Civil Veterinary Dept. North-West Frontier Province 1933-46 - 1933-1946
Year: 1933
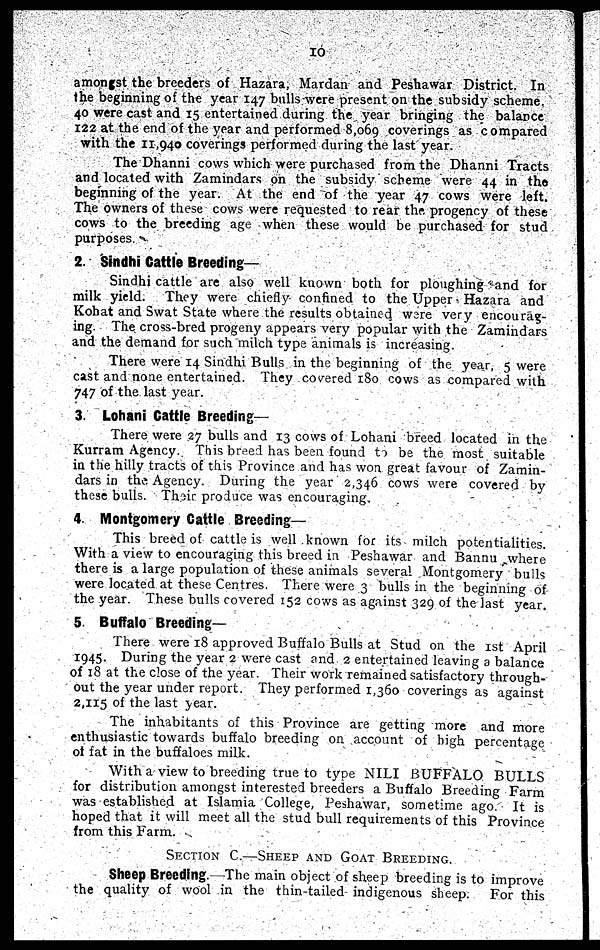
10
amongst the breeders of Hazara, Mardan and Peshawar District. In
the beginning of the year 147 bulls were present on the subsidy scheme.
40 were cast and 15 entertained during the year bringing the balance
122 at the end of the year and performed 8,069 coverings as compared
with the 11,940 coverings performed during the last year.
The Dhanni cows which were purchased from the Dhanni Tracts
and located with Zamindars on the subsidy scheme were 44 in the
beginning of the year. At the end of the year 47 cows were left.
The owners of these cows were requested to rear the progency of these
cows to the breeding age when these would be purchased for stud
purposes.
2. Sindhi Cattle Breeding—
Sindhi cattle are also well known both for ploughing and for
milk yield. They were chiefly confined to the Upper Hazara and
Kohat and Swat State where the results obtained were very encourag-
ing. The cross-bred progeny appears very popular with the Zamindars
and the demand for such milch type animals is increasing.
There were 14 Sindhi Bulls in the beginning of the year, 5 were
cast and none entertained. They covered 180 cows as compared with
747 of the last year.
3. Lohani Cattle Breeding-
There were 27 bulls and 13 cows of Lohani breed located in the
Kurram Agency. This breed has been found to be the most suitable
in the hilly tracts of this Province and has won great favour of Zamin-
dars in the Agency. During the year 2,346 cows were covered by
these bulls. Their produce was encouraging,
4. Montgomery Cattle Breeding—
This breed of cattle is well known for its milch potentialities.
With a view to encouraging this breed in Peshawar and Bannu where
there is a large population of these animals several Montgomery bulls
were located at these Centres. There were 3 bulls in the beginning of
the year. These bulls covered 152 cows as against 329 of the last year.
5. Buffalo Breeding—
There were 18 approved Buffalo Bulls at Stud on the 1st April
1945. During the year 2 were cast and 2 entertained leaving a balance
of 18 at the close of the year. Their work remained satisfactory through-
out the year under report. They performed 1,360 coverings as against
2,115 of the last year.
The inhabitants of this Province are getting more and more
enthusiastic towards buffalo breeding on account of high percentage
of fat in the buffaloes milk.
With a view to breeding true to type NILI BUFFALO BULLS
for distribution amongst interested breeders a Buffalo Breeding Farm
was established at Islamia College, Peshawar, sometime ago. It is
hoped that it will meet all the stud bull requirements of this Province
from this Farm.
SECTION C.––SHEEP AND GOAT BREEDING.
Sheep Breeding.—The main object of sheep breeding is to improve
the quality of wool in the thin-tailed indigenous sheep. For this